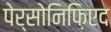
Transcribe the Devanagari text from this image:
पेर्सोनिफ़िएद